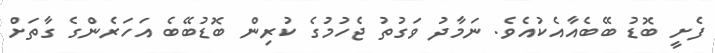
ފެށީ ބޮޑު ބޭބެއާއެކުއެވެ. ނަމާދު ވަގުތު ޖެހުމުގެ ކުރިން ބޮޑުބޭބެ އަހަރެންގެ ގާތަށް